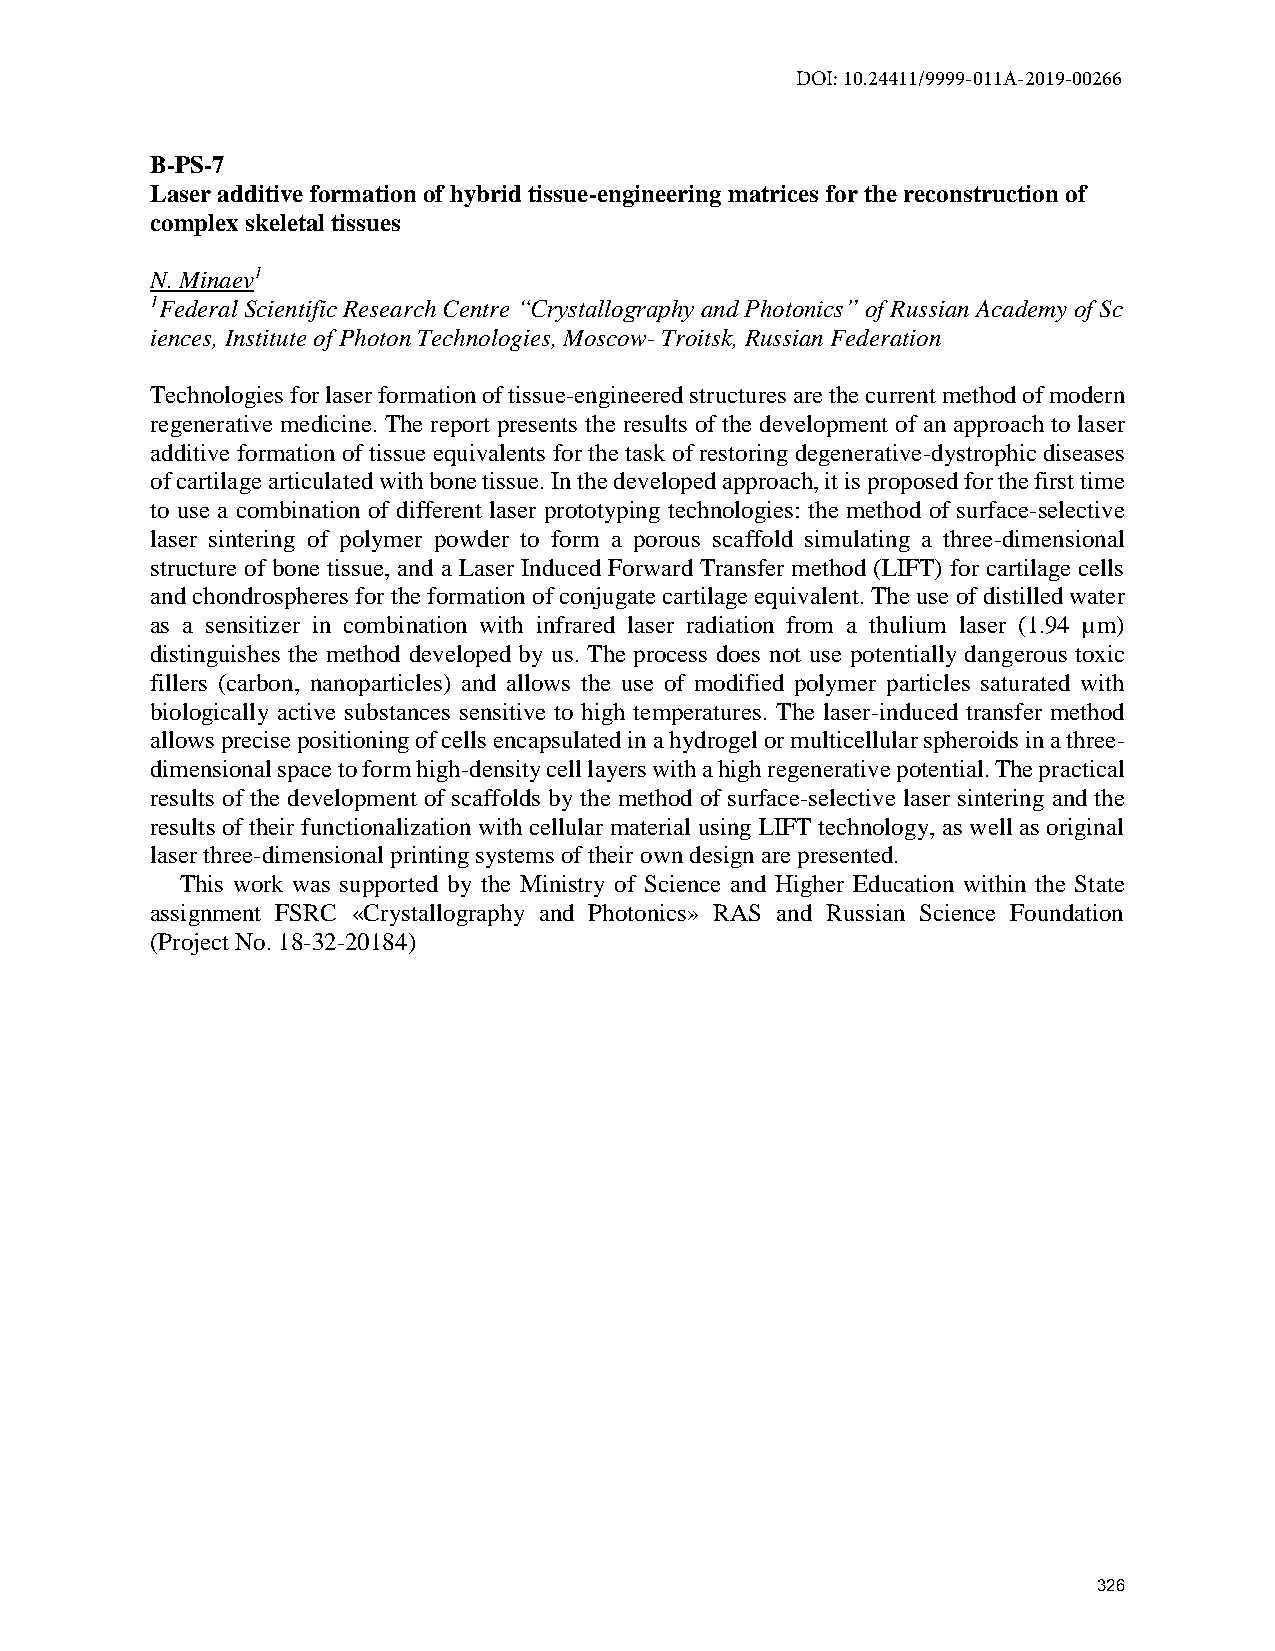
DOI: 10.24411/9999-011A-2019-00266
 B-PS-7
 Laser additive formation of hybrid tissue-engineering matrices for the reconstruction of
 complex skeletal tissues
 N. Minaev1
 1Federal Scientific Research Centre “Crystallography and Photonics” of Russian Academy of Sc
 iences, Institute of Photon Technologies, Moscow- Troitsk, Russian Federation
 Technologies for laser formation of tissue-engineered structures are the current method of modern
 regenerative medicine. The report presents the results of the development of an approach to laser
 additive formation of tissue equivalents for the task of restoring degenerative-dystrophic diseases
 of cartilage articulated with bone tissue. In the developed approach, it is proposed for the first time
 to use a combination of different laser prototyping technologies: the method of surface-selective
 laser sintering of polymer powder to form a porous scaffold simulating a three-dimensional
 structure of bone tissue, and a Laser Induced Forward Transfer method (LIFT) for cartilage cells
 and chondrospheres for the formation of conjugate cartilage equivalent. The use of distilled water
 as a sensitizer in combination with infrared laser radiation from a thulium laser (1.94 µm)
 distinguishes the method developed by us. The process does not use potentially dangerous toxic
 fillers (carbon, nanoparticles) and allows the use of modified polymer particles saturated with
 biologically active substances sensitive to high temperatures. The laser-induced transfer method
 allows precise positioning of cells encapsulated in a hydrogel or multicellular spheroids in a three-
 dimensional space to form high-density cell layers with a high regenerative potential. The practical
 results of the development of scaffolds by the method of surface-selective laser sintering and the
 results of their functionalization with cellular material using LIFT technology, as well as original
 laser three-dimensional printing systems of their own design are presented.
 This work was supported by the Ministry of Science and Higher Education within the State
 assignment FSRC «Crystallography and Photonics» RAS and Russian Science Foundation
 (Project No. 18-32-20184)
 326